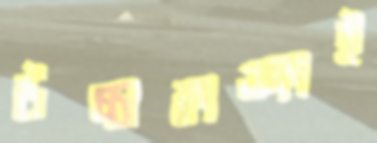
উচ্চাকাঙ্ক্ষাই